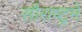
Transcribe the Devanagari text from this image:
सौराष्‍ट्रमें